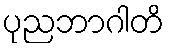
ပုညဘာဂါတိ